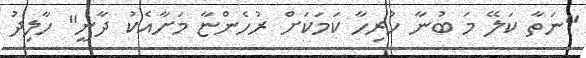
"ނަތާ ކަލޭ މަ ބުނާ ހުރިހާ ކަމަކަށް ރުހެންޏާ މަށާއެކު ދާނީ" ހާލިދު